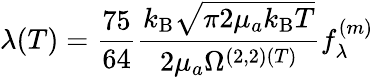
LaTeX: \lambda(T)=\frac{75}{64}\frac{k_{\mathrm{B}}\sqrt{\pi 2\mu_{a}k_{\mathrm{B}}T}}{2\mu_{a}\Omega^{(2,2)(T)}}f_{\lambda}^{(m)}